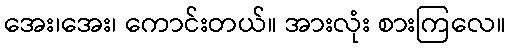
အေး၊အေး၊ ကောင်းတယ်။ အားလုံး စားကြလေ။